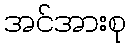
အင်အားစု